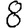
Digit: 8